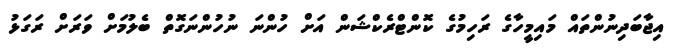
އިޖާބަދިނުންތައް މައިމީހާގެ ރަހިމުގެ ކޮންޓްރެކްޝަން އަށް ހުންނަ ނުހުންނަގޮތް ބެލުމަށް ވަރަށް ރަގަޅު